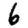
Digit: 6